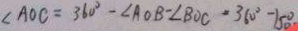
\angle A O C = 3 6 0 ^ { \circ } - \angle A O B - \angle B O C = 3 6 0 ^ { \circ } - 1 5 0 ^ { \circ }